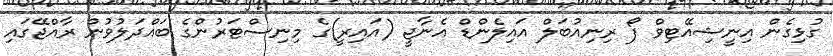
ގުޅިގެން އިނީޝިއޭޓިވް ފޯ ރިނިއުބަލް އައިލެންޑް އެނާޖީ (އައިރީ)ގެ މިނިސްޓަރުންގެ ބައްދަލުވުން ރާއްޖޭގައި